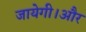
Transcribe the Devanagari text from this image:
जायेगी।और